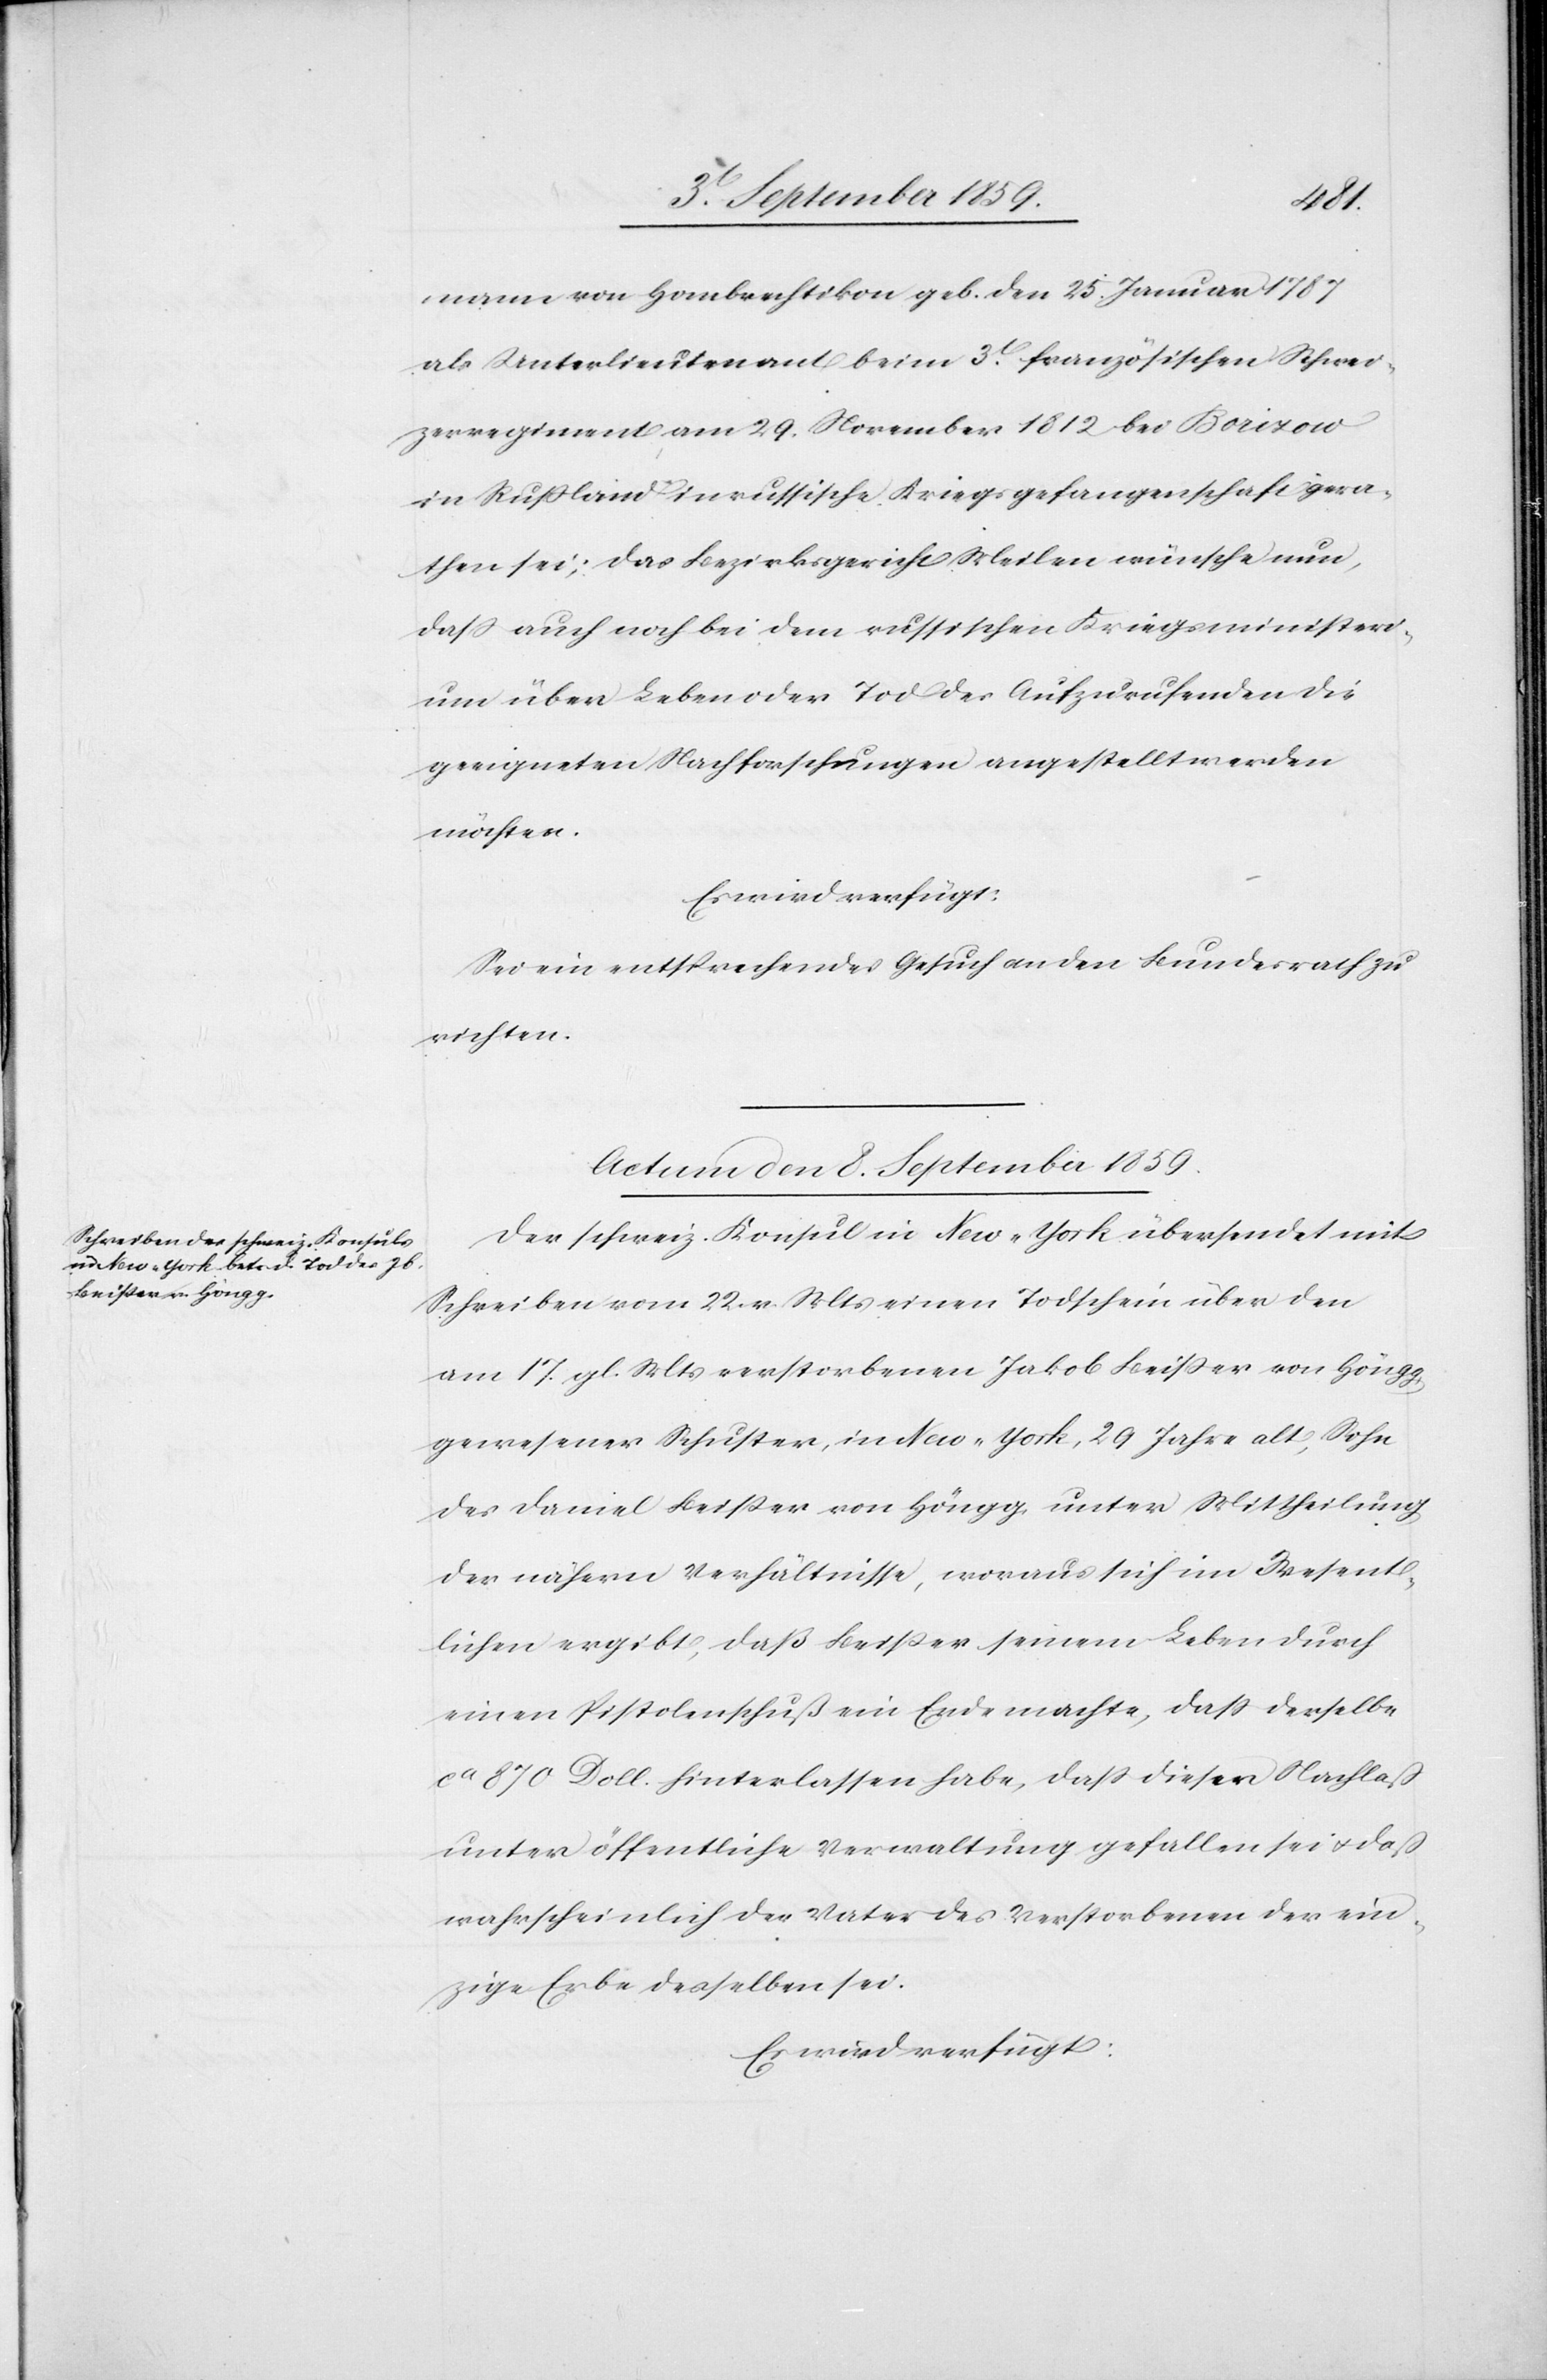
mann von Hombrechtikon geb. den 25. Januar 1787
als Unterlieutenant beim 3t. französischen Schwei¬
zerregiment am 29. November 1812 bei Borizow
in Rußland in russische Kriegsgefangenschaft gera¬
then sei; das Bezirksgericht Meilen wünsche nun,
daß auch noch bei dem russischen Kriegsministeri¬
um über Leben oder Tod des Aufzurufenden die
geeigneten Nachforschungen angestellt werden
möchten.
Es wird verfügt:
Sei ein entsprechendes Gesuch an den Bundesrath zu
richten.
Actum den 8. September 1859.
Der schweiz. Konsul in New-York übersendet mit
Schreiben vom 22. v. Mts. einen Todschein über den
am 17. gl. Mts. verstorbenen Jakob Beißer von Höngg,
gewesener Schuster, in New-York, 29 Jahre alt, Sohn
des Daniel Beißer von Höngg, unter Mittheilung
der nähern Verhältnisse, woraus sich im Wesent¬
lichen ergibt, daß Beißer seinem Leben durch
einen Pistolenschuß ein Ende machte, daß derselbe
ca. 870 Doll. hinterlassen habe, daß dieser Nachlaß
unter öffentliche Verwaltung gefallen sei & daß
wahrscheinlich der Vater des Verstorbenen der ein¬
zige Erbe desselben sei.
Es wird verfügt: